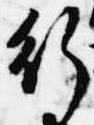
行